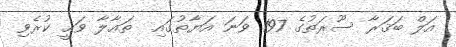
އަލް ބަޤަރާ ސޫރަތުގެ 197 ވަނަ އަޔާތުގައި  ތަޢާލާ ވަޙީ ކުރެވި